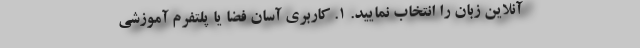
آنلاین زبان را انتخاب نمایید. ۱. کاربری آسان فضا یا پلتفرم آموزشی